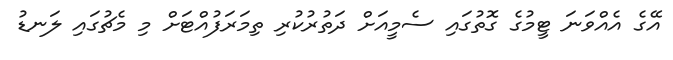
އޭގެ އެއްވަނަ ޓީމުގެ ގޮތުގައި ސެމީއަށް ދަތުރުކުރި ތިމަރަފުއްޓަށް މި މެޗުގައި ލަނޑު